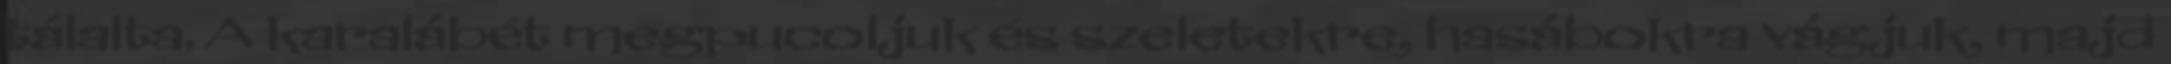
tálalta. A karalábét megpucoljuk és szeletekre, hasábokra vágjuk, majd